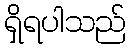
ရှိရပါသည်